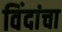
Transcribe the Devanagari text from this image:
विंदांचा